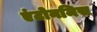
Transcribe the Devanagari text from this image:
एंटोनमिस